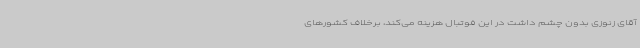
آقای زنوزی بدون چشم داشت در این فوتبال هزینه ‌می‌کند، برخلاف کشورهای